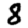
Digit: 8